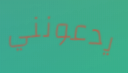
يدعونني